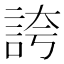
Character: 誇